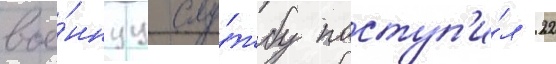
вое́ннуу слу́жбу поступ'и́л 22